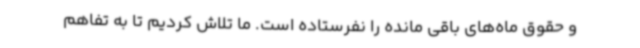
و حقوق‌ ماه‌های باقی‌ مانده را نفرستاده است. ما تلاش کردیم تا به تفاهم